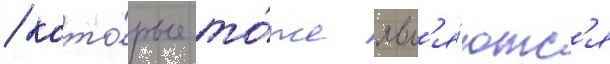
/ кото́рые то́же явл'я́ютс'я